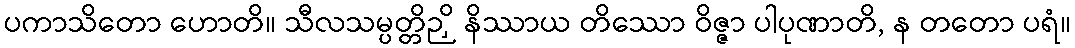
ပကာသိတော ဟောတိ။ သီလသမ္ပတ္တိဉှိ နိဿာယ တိဿော ဝိဇ္ဇာ ပါပုဏာတိ, န တတော ပရံ။